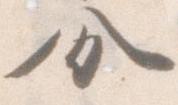
分